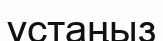
ұстаңыз